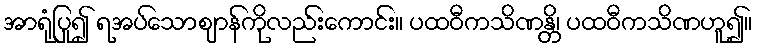
အာရုံပြု၍ ရအပ်သောဈာန်ကိုလည်းကောင်း။ ပထဝီကသိဏန္တိ၊ ပထဝီကသိဏဟူ၍။